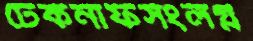
টেকনাফসংলগ্ন